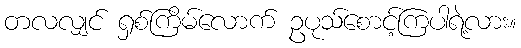
တလလျှင် ရှစ်ကြိမ်လောက် ဥပုသ်စောင့်ကြပါရဲ့လား။